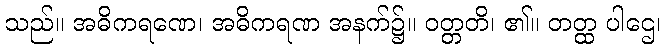
သည်။ အဓိကရဏေ၊ အဓိကရဏ အနက်၌။ ဝတ္တတိ၊ ၏။ တတ္ထ ပါဌေ၊